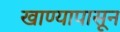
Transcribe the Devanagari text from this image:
खाण्यापासून